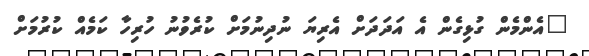
"އެންމެން ގުޅިގެން އެ އަދަދަށް އެރިޔަ ނުދިނުމަށް ކުރެވުނު ހުރިހާ ކަމެއް ކުރުމަށް